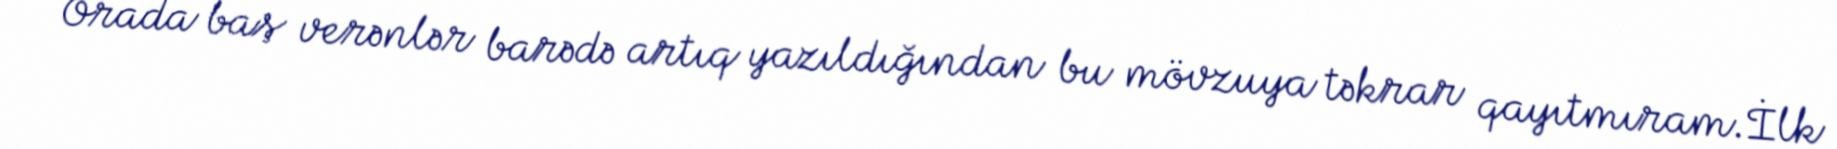
Orada baş verənlər barədə artıq yazıldığından bu mövzuya təkrar qayıtmıram.İlk